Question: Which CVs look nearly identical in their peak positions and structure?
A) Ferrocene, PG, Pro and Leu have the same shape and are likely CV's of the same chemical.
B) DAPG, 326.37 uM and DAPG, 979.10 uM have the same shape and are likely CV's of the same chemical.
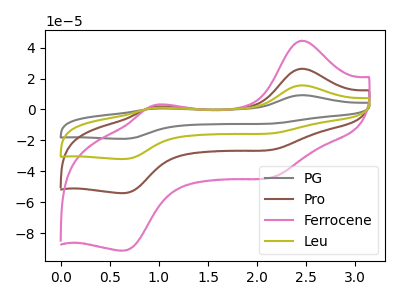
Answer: <think>The gray curve "PG" has anodic peaks at (2.45V, 79.10uA) (1.00V, 5.70uA) and cathodic peaks at (2.20V, -76.70uA) (0.65V, -162.05uA). The brown curve "Pro" has anodic peaks at (2.45V, 26.35uA) (1.00V, 1.90uA) and cathodic peaks at (2.20V, -25.55uA) (0.65V, -54.00uA). The pink curve "Ferrocene" has anodic peaks at (2.45V, 44.50uA) (1.00V, 3.20uA) and cathodic peaks at (2.20V, -43.15uA) (0.65V, -91.15uA). The olive curve "Leu" has anodic peaks at (2.45V, 52.75uA) (1.00V, 3.80uA) and cathodic peaks at (2.20V, -51.10uA) (0.65V, -108.05uA).
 All the peaks in "PG" have a peak in "Pro" at the same potential. Every peak in "PG" is higher than every peak in "Pro". All the peaks in "PG" have a peak in "Ferrocene" at the same potential. Every peak in "PG" is higher than every peak in "Ferrocene". All the peaks in "PG" have a peak in "Leu" at the same potential. Every peak in "PG" is higher than every peak in "Leu". All the peaks in "Pro" have a peak in "Ferrocene" at the same potential. Every peak in "Pro" is lower than every peak in "Ferrocene". All the peaks in "Pro" have a peak in "Leu" at the same potential. Every peak in "Pro" is lower than every peak in "Leu". All the peaks in "Ferrocene" have a peak in "Leu" at the same potential. Every peak in "Ferrocene" is lower than every peak in "Leu".</think>
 <answer>A) "Ferrocene", "PG", "Pro" and "Leu" have the same shape and are likely CV's of the same chemical.</answer>
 <eval>A</eval>